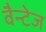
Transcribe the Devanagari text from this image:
वैन्टेज